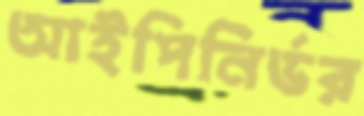
আইপিনির্ভর